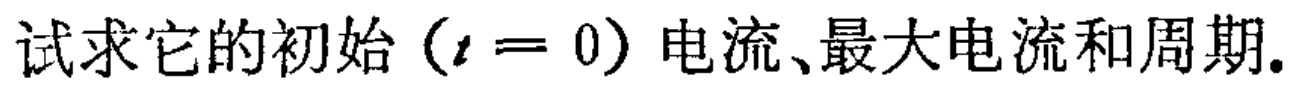
试求它的初始（\(t = 0\)）电流、最大电流和周期.